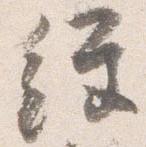
経